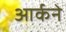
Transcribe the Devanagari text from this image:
आर्कने